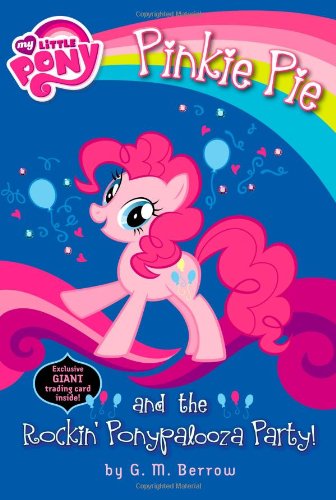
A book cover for My Little Pony: Pinkie Pie and the Rockin' Ponypalooza Party! (My Little Pony Chapter Books); G.M. Berrow; Children's Books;